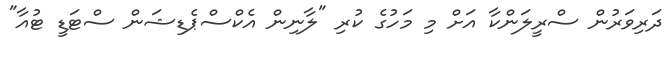
ދަރިވަރުން ސްރީލަންކާ އަށް މި މަހުގެ ކުރި "ލާނިން އެކްސްޕެޑިޝަން ސްޓަޑީ ޓުއާ"